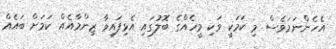
އެހެންނަމަވެސް މި ކަމަކީ ވަކި މީހެއްގެ ބޮލުގައި އެޅިފައިވާ ޒިންމާއެއް ކަމަށް ބައެއް